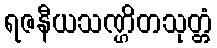
ရဇနီယသဏ္ဌိတသုတ္တံ